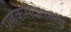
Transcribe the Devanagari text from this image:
ग्राहकसेवेतल्या